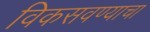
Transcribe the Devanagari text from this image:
विकसवण्याचा